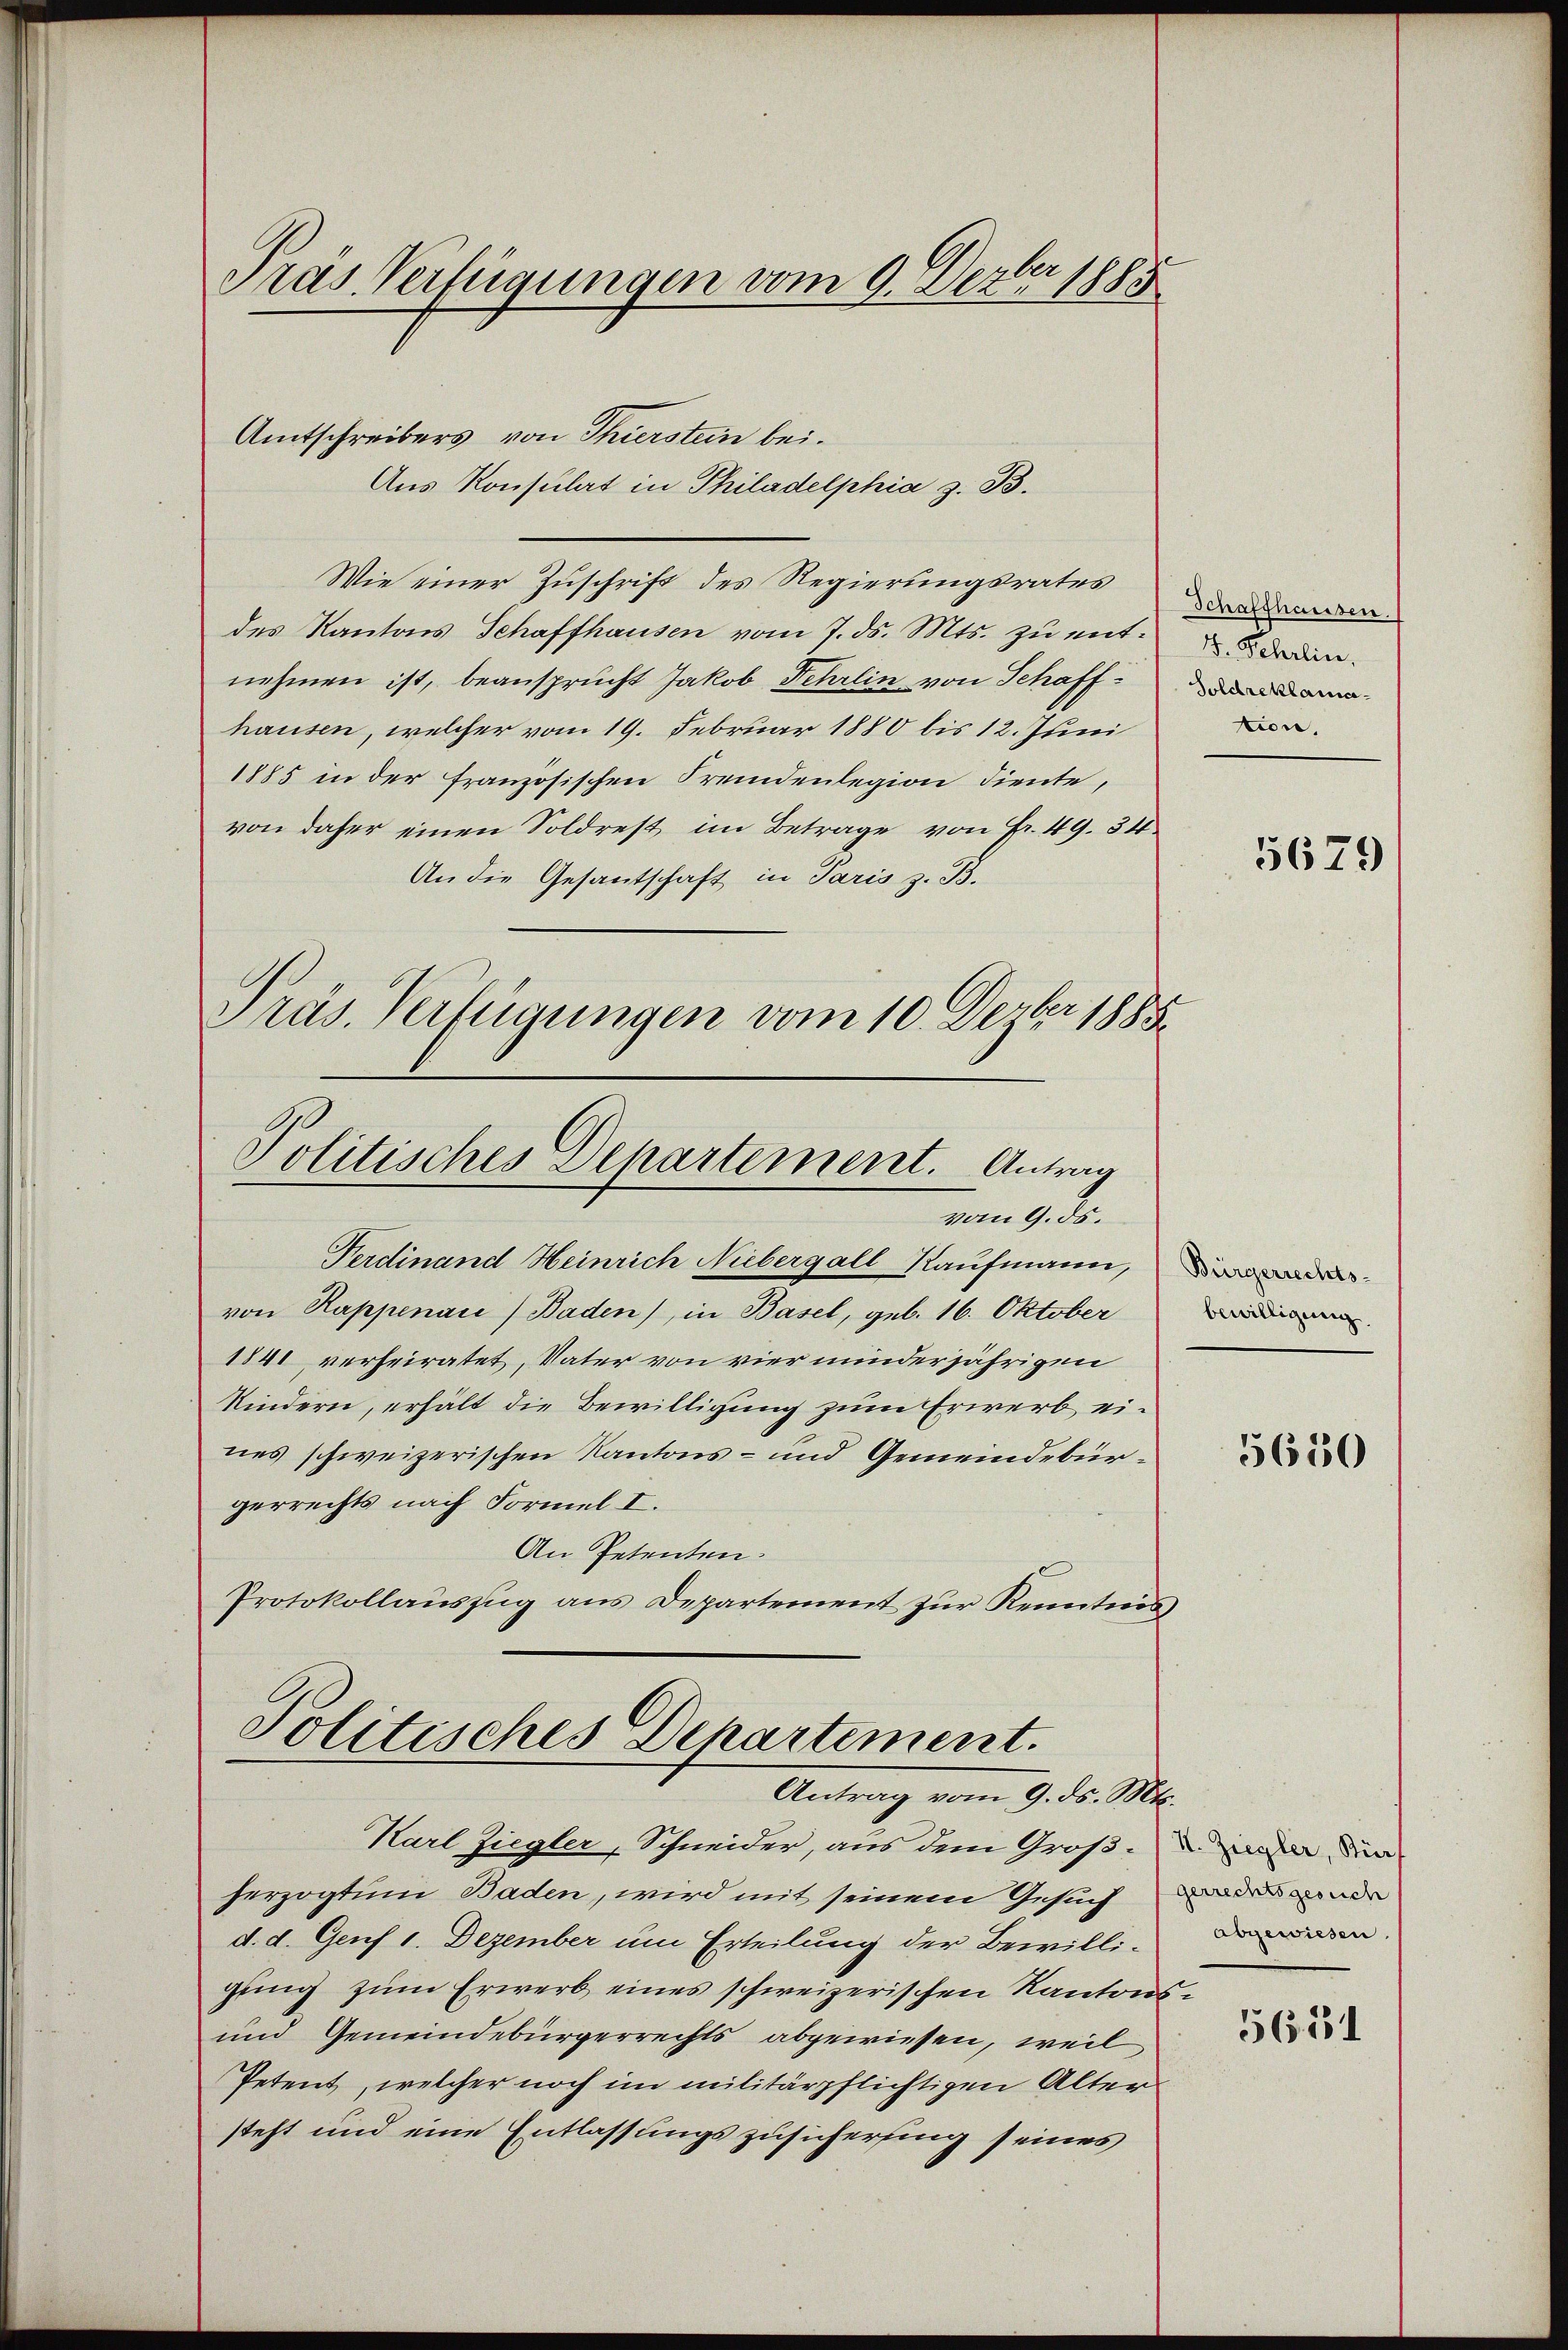
Pras Verfügungen vom 9. Dezbr 1885

Amtschreibers von Thierstein bei.
Aus Konsulat in Philadelphia z. B.
Wie einer Zuschrift des Regierungsrates der am
des Kantons Schaffhausen vom 7. ds. Mts. zŭ ents den
nehmen ist, beansprucht Jakob Fehrlin von Schaffen
hausen, welcher vom 19. Februar 1880 bis 12. Juni
1885 in der französischen Fremdenlegion diente,
von daher einen Soldrest im Betrage von Fr. 49. 34
An die Gesantschaft in Paris z. B.
Präs. Verfügungen vom 10. Dezbr 1885
Politisches Departement. Antrag

Ferdinand Heinrich Niebergall Kaufmann,
von Rappenai) Baden), in Basel, geb. 16. Oktober
1841 verheiratet, Vater von vier minderjährigen
Kindern, erhält die Bewilligung zum Erwerb eines schweizerischen Kantons- und Gemeindebürgerrechts nach Formel I.
An Petenten.
Protokollaŭszŭg ans Departement zŭr Kenntnies

vom 9. ds.

Politisches Departement.
Antrag vom 9. ds. Mts.

Karl Ziegler, Schneider, aus dem Groß-Ziegler, den
herzogtum Baden, wird mit seinem Gesuch der minde
d. d. Genf 1. Dezember um Erteilung der Bewilligung zum Erwerb eines schweizerischen Kantons
und Gemeindebürgerrechts abgewiesen, weil
Petent, welcher noch im militärpflichtigen Alter
steht und eine Entlassungszusicherung seines

tion,

5679

Bürgerrechts-
bewilligung

e

5650

abgewiesen.

5651